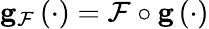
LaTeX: \mathbf{g}_{\mathcal{F}}\left(\cdot\right)=\mathcal{F}\circ\mathbf{g}\left(\cdot\right)